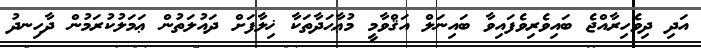
އަދި ދިވެހިރާއްޖެ ބައިވެރިވެފައިވާ ބައިނަލް އަޤްވާމީ މުޢާޙަދާތަކާ ޚިލާފަށް ދައުލަތުން ޢަމަލުކުރަމުން ދާހިނދު